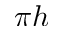
\pi h